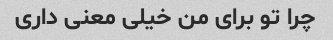
چرا تو برای من خیلی معنی داری